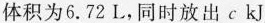
体积为6.72L，同时放出c kJ